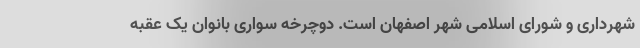
شهرداری و شورای اسلامی شهر اصفهان است. دوچرخه سواری بانوان یک عقبه